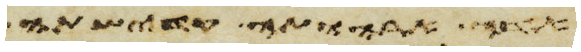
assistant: אישה אתה ותהי נדתה